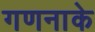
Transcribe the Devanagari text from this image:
गणनाके